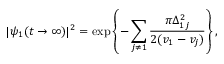
| \psi _ { 1 } ( t \rightarrow \infty ) | ^ { 2 } = \exp \left\{ - \sum _ { j \neq 1 } \frac { \pi \Delta _ { 1 j } ^ { 2 } } { 2 ( v _ { 1 } - v _ { j } ) } \right\} ,